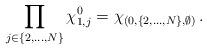
LaTeX: \begin{align*} \prod_{j\in \{2,\ldots,N\}}\chi_{1,j}^{0} = \chi_{(0,\{2,\ldots,N\},\emptyset)}\,.\end{align*}